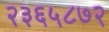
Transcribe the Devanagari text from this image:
२३६५८७२